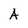
Character: A